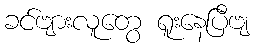
ခင်ဗျားလူတွေ ရူးနေပြီဗျ